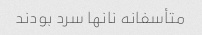
متأسفانه نانها سرد بودند